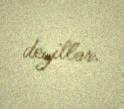
deyillər.